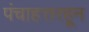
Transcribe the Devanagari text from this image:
पंचाहत्तरहून